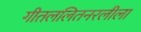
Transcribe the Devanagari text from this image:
गीतललितनरलीला